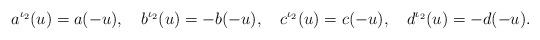
LaTeX: \begin{align*}a^{\iota_2}(u)=a(-u),\quad b^{\iota_2}(u)=-b(-u),\quad c^{\iota_2}(u)=c(-u),\quad d^{\iota_2}(u)=-d(-u).\end{align*}